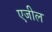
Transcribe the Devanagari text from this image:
एजील